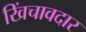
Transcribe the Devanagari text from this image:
खिंचावदार